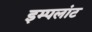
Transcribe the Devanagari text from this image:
इम्पलांट